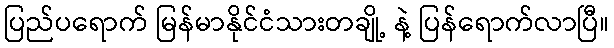
ပြည်ပရောက် မြန်မာနိုင်ငံသားတချို့ နဲ့ ပြန်ရောက်လာပြီ။